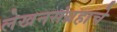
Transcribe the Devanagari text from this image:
लेखनसंग्रहाचे